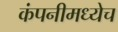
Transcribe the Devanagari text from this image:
कंपनीमध्येच